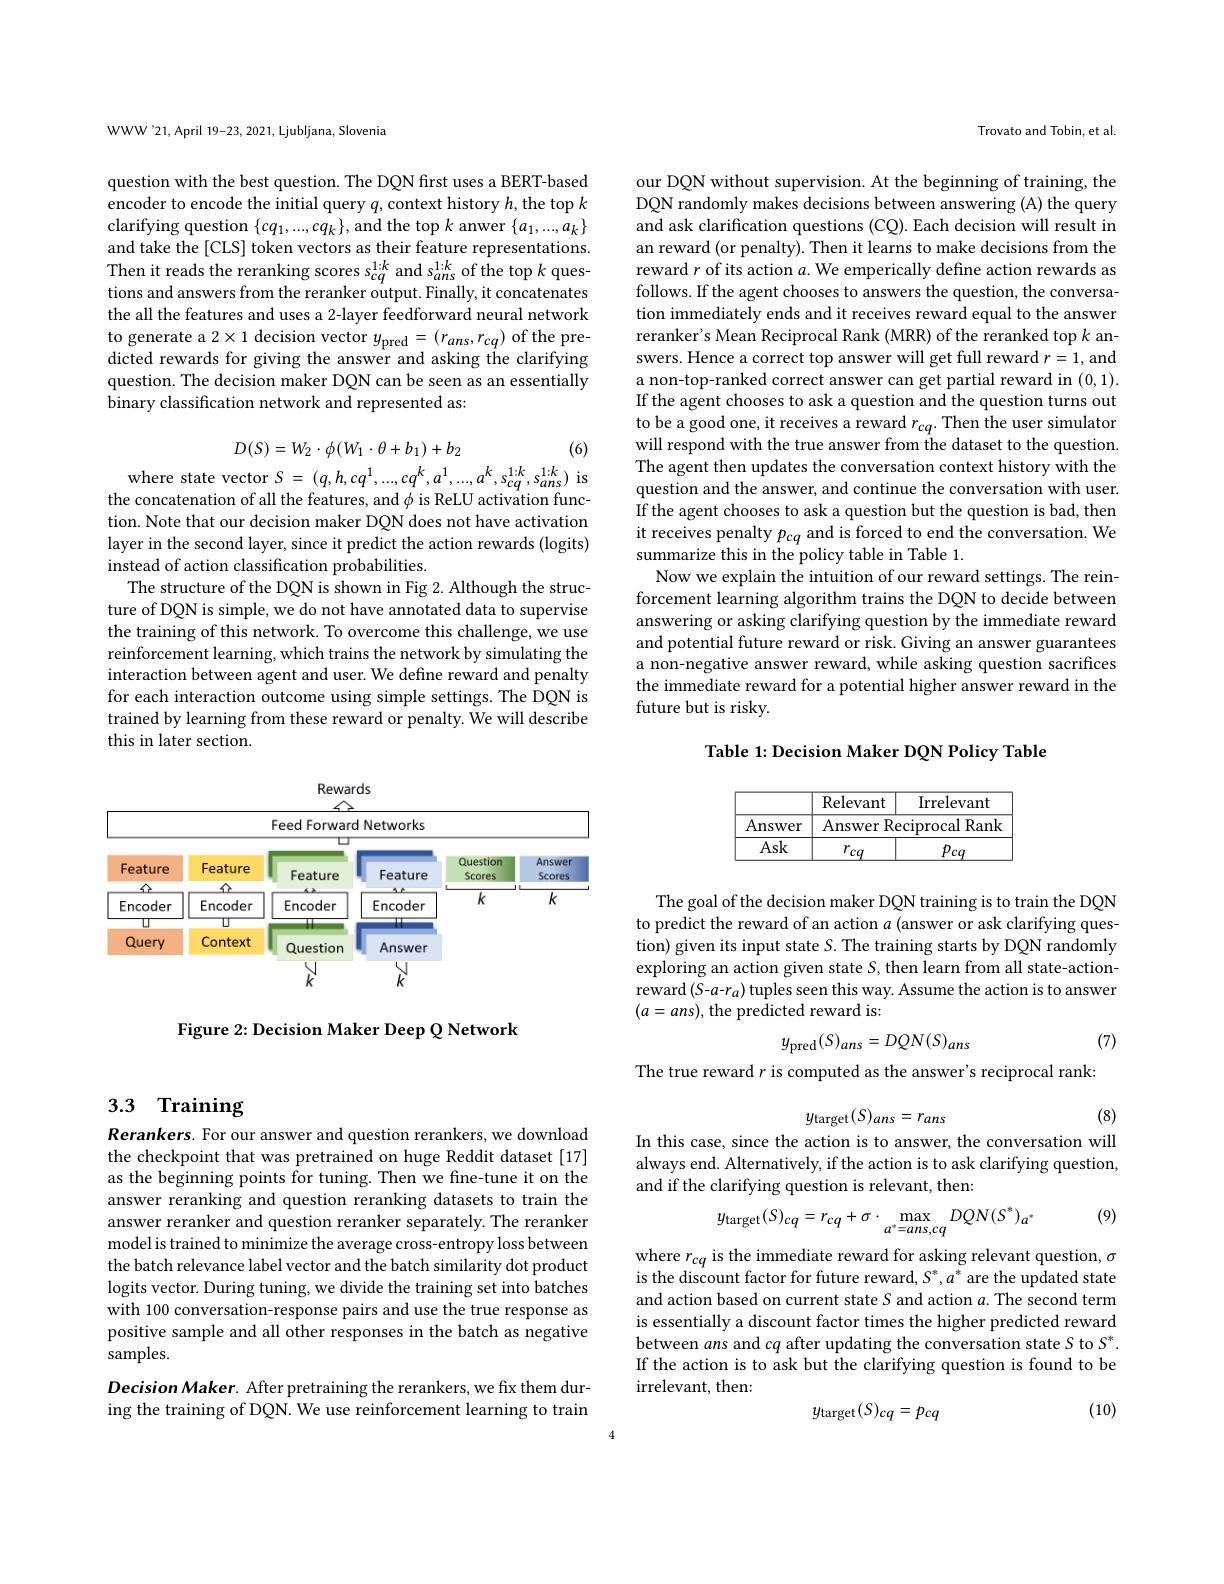
## 3.3 Training

Rerankers. For our answer and question rerankers, we download the checkpoint that was pretrained on huge Reddit dataset [17] as the beginning points for tuning. Then we fine-tune it on the answer reranking and question reranking datasets to train the answer reranker and question reranker separately. The reranker model is trained to minimize the average cross-entropy loss between the batch relevance label vector and the batch similarity dot product logits vector. During tuning, we divide the training set into batches with 100 conversation-response pairs and use the true response as positive sample and all other responses in the batch as negative samples.

Decision Maker. After pretraining the rerankers, we fix them during the training of DQN. We use reinforcement learning to train

WWW'21, April 19-23, 2021, Ljubljana, Slovenia

question with the best question. The DQN first uses a BERT-based encoder to encode the initial query $q$, context history $h$, the top $k$ clarifying question $\{cq_1,...,cq_k\}$, and the top $k$ anwer $\{a_1,...,a_k\}$ and take the [CLS] token vectors as their feature representations. Then it reads the reranking scores $s_{cq}^{1:k}$ and $s_{ans}^{1:k}$ of the top $k$ questions and answers from the reranker output. Finally, it concatenates the all the features and uses a 2-layer feedforward neural network to generate a $2\times1$ decision vector $y_\mathrm{pred}=(r_{ans},r_{cq})$ of the predicted rewards for giving the answer and asking the clarifying question. The decision maker DQN can be seen as an essentially binary classification network and represented as:
$$D(S)=W_2\cdot\phi(W_1\cdot\theta+b_1)+b_2$$
where state vector $S=(q,h,cq^{1},...,cq^{k},a^{1},...,a^{k},s_{cq}^{1:k},s_{ans}^{1:k})$ is

(6)

the concatenation of all the features, and $\phi$ is ReLU activation function. Note that our decision maker DQN does not have activation layer in the second layer, since it predict the action rewards (logits) instead of action classification probabilities.
The structure of the DQN is shown in Fig 2. Although the structure of DQN is simple, we do not have annotated data to supervise the training of this network. To overcome this challenge, we use reinforcement learning, which trains the network by simulating the interaction between agent and user. We define reward and penalty for each interaction outcome using simple settings. The DQN is trained by learning from these reward or penalty. We will describe this in later section.

<FigureHere>

Figure 2: Decision Maker Deep Q Network

Trovato and Tobin, et al.

our DQN without supervision. At the beginning of training, the DQN randomly makes decisions between answering (A) the query and ask clarification questions (CQ). Each decision will result in an reward (or penalty). Then it learns to make decisions from the reward $r$ of its action $a.$ We emperically define action rewards as follows. If the agent chooses to answers the question, the conversation immediately ends and it receives reward equal to the answer reranker's Mean Reciprocal Rank (MRR) of the reranked top $k$ answers. Hence a correct top answer will get full reward $r=1$, and a non-top-ranked correct answer can get partial reward in (0,1). If the agent chooses to ask a question and the question turns out to be a good one, it receives a reward $r_cq.$ Then the user simulator will respond with the true answer from the dataset to the question. The agent then updates the conversation context history with the question and the answer, and continue the conversation with user. If the agent chooses to ask a question but the question is bad, then it receives penalty $p_{cq}$ and is forced to end the conversation. We summarize this in the policy table in Table 1.
Now we explain the intuition of our reward settings. The reinforcement learning algorithm trains the DQN to decide between answering or asking clarifying question by the immediate reward and potential future reward or risk. Giving an answer guarantees a non-negative answer reward, while asking question sacrifices the immediate reward for a potential higher answer reward in the future but is risky.

Table 1: Decision Maker DQN Policy Table

<table>
	<tbody>
		<tr>
			<th> </th>
			<th>Relevant</th>
			<th>Irrelevant</th>
		</tr>
		<tr>
			<th>Answer</th>
			<th>Answer $R\epsilon$</th>
			<th>Rank $\operatorname{eciprocal}$ </th>
		</tr>
		<tr>
			<td>Ask</td>
			<td>$r_{cq}$</td>
			<td>$p_{cq}$</td>
		</tr>
	</tbody>
</table>

The goal of the decision maker DQN training is to train the DQN to predict the reward of an action $a$ (answer or ask clarifying question) given its input state $S.$ The training starts by DQN randomly exploring an action given state $S$, then learn from all state-actionreward $(S-a-r_a)$ tuples seen this way. Assume the action is to answer $(a=ans)$, the predicted reward is:

(7)
$$y_{\mathrm{pred}}(S)_{ans}=DQN(S)_{ans}$$
The true reward $r$ is computed as the answer's reciprocal rank:
$$y_{\mathrm{target}}(S)_{ans}=r_{ans}$$
(8)

In this case, since the action is to answer, the conversation will always end. Alternatively, if the action is to ask clarifying question, and if the clarifying question is relevant, then:

(9)
$$y_{\mathrm{target}}(S)_{cq}=r_{cq}+\sigma\cdot\max_{a^{*}=ans,cq}DQN(S^{*})_{a^{*}}$$
where $r_cq$ is the immediate reward for asking relevant question, $\sigma$ is the discount factor for future reward, $S^*,a^*$ are the updated state and action based on current state $S$ and action $a.$ The second term is essentially a discount factor times the higher predicted reward between ans and c$q$ after updating the conversation state $S$ to $S^*.$ If the action is to ask but the clarifying question is found to be irrelevant, then:
$$y_{\mathrm{target}}(S)_{cq}=p_{cq}$$
(10)